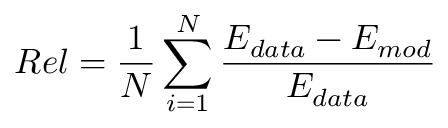
R e l = \frac { 1 } { N } \sum _ { i = 1 } ^ { N } \frac { E _ { d a t a } - E _ { m o d } } { E _ { d a t a } }